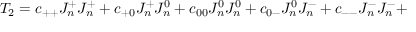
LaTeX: T _ { 2 } = c _ { + + } J _ { n } ^ { + } J _ { n } ^ { + } + c _ { + 0 } J _ { n } ^ { + } J _ { n } ^ { 0 } + c _ { 0 0 } J _ { n } ^ { 0 } J _ { n } ^ { 0 } + c _ { 0 - } J _ { n } ^ { 0 } J _ { n } ^ { - } + c _ { -- } J _ { n } ^ { - } J _ { n } ^ { - } +